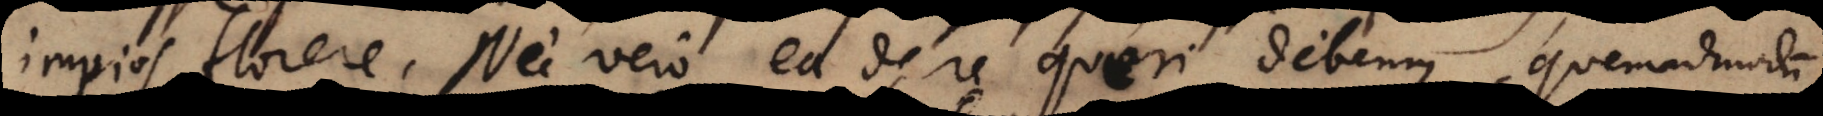
impios florere. Nec vero ea de re queri debemus, quemadmodum